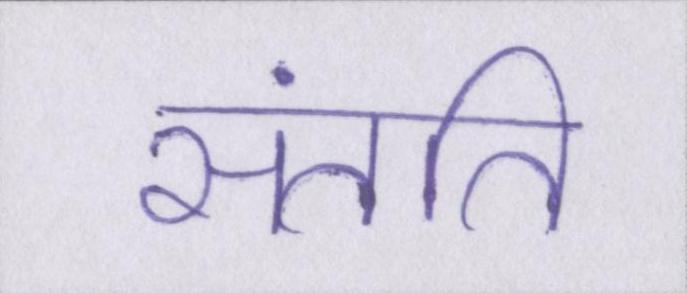
संतति